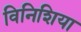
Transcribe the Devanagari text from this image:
विनिशिया